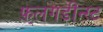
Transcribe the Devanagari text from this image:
फ़्लगडीन्स्ट